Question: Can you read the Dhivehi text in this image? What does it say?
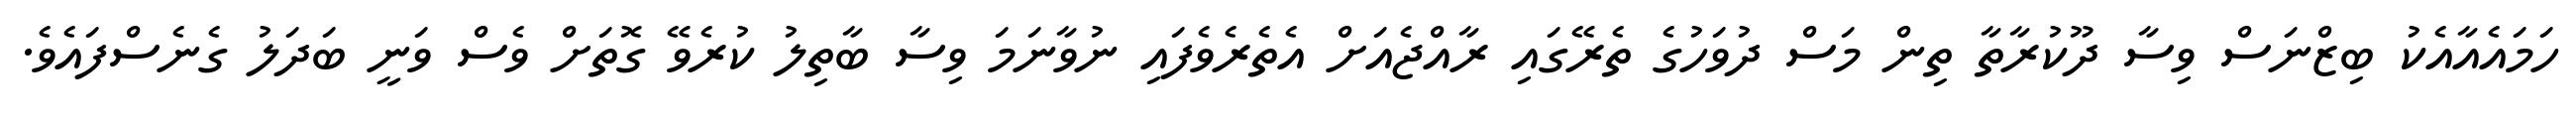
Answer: ހަމައެއާއެކު ބިޒްނަސް ވިސާ ދޫކުރާތާ ތިން މަސް ދުވަހުގެ ތެރޭގައި ރާއްޖެއަށް އެތެރެވެފައި ނުވާނަމަ ވިސާ ބާތިލު ކުރެވޭ ގޮތަށް ވެސް ވަނީ ބަދަލު ގެނެސްފައެވެ.